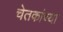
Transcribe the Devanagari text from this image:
चेतकांच्या